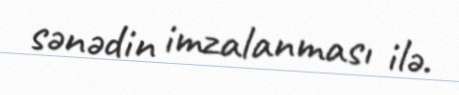
sənədin imzalanması ilə.